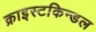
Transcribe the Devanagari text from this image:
क्राइस्टकिन्डल